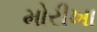
મોરીખા